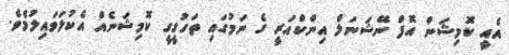
އެއީ ކޮމިޝަން އޮފް ނޭޝަނަލް އިންކްއަރީ ގެ ނަމުގައި ތަހުގީގީ ކޮމިޝަނެއް އެކުލަވައިލުމެވެ.